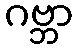
ဂဗ္ဘာ